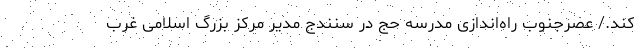
کند./ عصرجنوب راه‌اندازی مدرسه حج در سنندج مدیر مرکز بزرگ اسلامی غرب